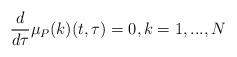
LaTeX: \begin{align*} \frac{d}{d\tau}\mu_P(k)(t,\tau)=0,k=1,...,N \end{align*}